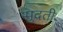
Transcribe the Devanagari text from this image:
सुदती